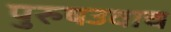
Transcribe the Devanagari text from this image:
पुरुषउवाच